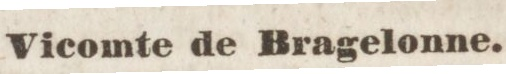
Vicomte de Bragelonne.